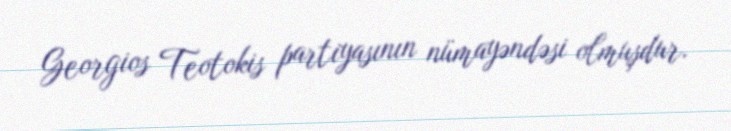
Georgios Teotokis partiyasının nümayəndəsi olmuşdur.